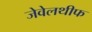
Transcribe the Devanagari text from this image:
जेवेलथीफ